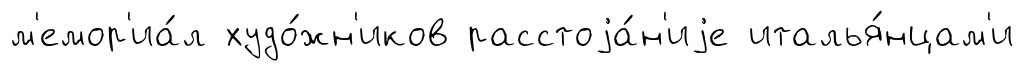
м'емор'иа́л худо́жн'иков расстоjа́н'иjе италья́нцам'и